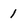
Character: 1